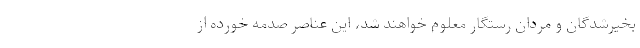
بخیرشدگان و مردان رستگار معلوم خواهند شد، این عناصر صدمه خورده از